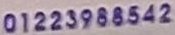
01223988542